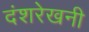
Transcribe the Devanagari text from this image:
दंशरेखनी